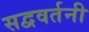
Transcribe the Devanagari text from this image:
सद्ववर्तनी